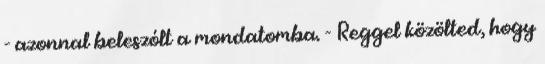
- azonnal beleszólt a mondatomba. - Reggel közölted, hogy